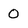
Character: 0